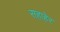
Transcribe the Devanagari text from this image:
सहाहेर